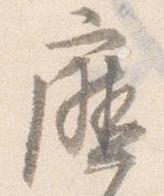
庁